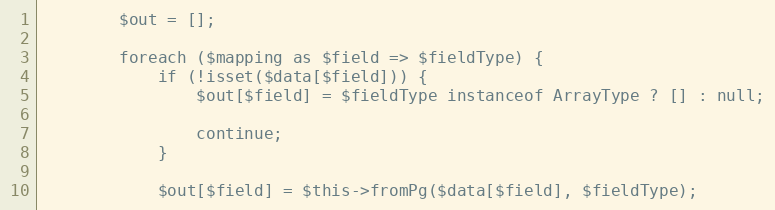
Language: PHP
        $out = [];

        foreach ($mapping as $field => $fieldType) {
            if (!isset($data[$field])) {
                $out[$field] = $fieldType instanceof ArrayType ? [] : null;

                continue;
            }

            $out[$field] = $this->fromPg($data[$field], $fieldType);